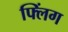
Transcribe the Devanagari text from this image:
फ्लिंग